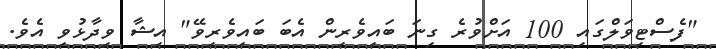
"ފެސްޓިވަލްގައި 100 އަށްވުރެ ގިނަ ބައިވެރިން އެބަ ބައިވެރިވޭ" އިޝާ ވިދާޅުވި އެވެ.